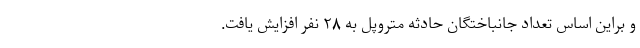
و براین اساس تعداد جانباختگان حادثه متروپل به ۲۸ نفر افزایش یافت.